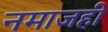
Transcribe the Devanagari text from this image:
नमाजही